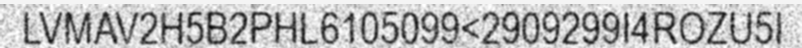
LVMAV2H5B2PHL6105099<2909299I4ROZU5I